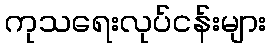
ကုသရေးလုပ်ငန်းများ